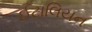
ઈટાલિયન